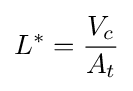
L^{*}={\frac {V_{c}}{A_{t}}}